Burma Government Medical School reports 1923-41
Year: 1923
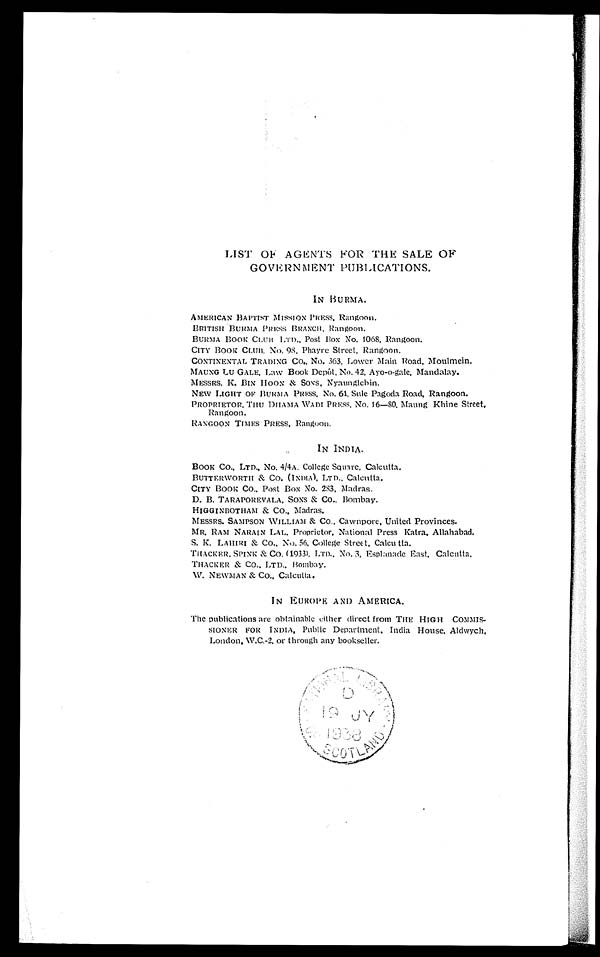
LIST OF AGENTS FOR THE SALE OF
GOVERNMENT PUBLICATIONS.
IN BURMA.
AMERICAN BAPTIST MISSION PRESS, Rangoon.
BRITISH BURMA PRESS BRANCH, Rangoon.
BURMA BOOK CLUB LTD., Post Box No. 1068, Rangoon.
CITY BOOK CLUB. No. 98, Phayre Street, Rangoon.
CONTINENTAL TRADING CO., No. 363, Lower Main Road, Moulmein.
MAUNG LU GALE, Law Book DepÔt, No. 42, Ayo-o-gale, Mandalay.
MESSRS. K. BIN HOON & SONS, Nyaunglebin.
NEW LIGHT OF BURMA PRESS, No. 61, Sule Pagoda Road, Rangoon.
PROPRIETOR, THU DHAMA WADI PRESS, No. 16—80, Maung Khine Street,
Rangoon.
RANGOON TIMES PRESS, Rangoon.
IN INDIA.
BOOK CO., LTD., No. 4/4A. College Square, Calcutta.
BUTTERWORTH & CO. (INDIA), LTD., Calcutta.
CITY BOOK CO., Post Box No. 283, Madras.
D. B. TARAPOREVALA, SONS & CO., Bombay.
HIGGINBOTHAM & CO., Madras.
MESSRS. SAMPSON WILLIAM &
CO., Cawnpore, United Provinces.
MR. RAM NARAIN LAL. Proprietor, National Press Katra, Allahabad.
S. K. LAHIRI & CO., No. 56, College Street, Calcutta.
THACKER, SPINK & CO. (1933), LTD., No. 3, Esplanade East, Calcutta.
THACKER & CO., LTD., Bombay.
W. NEWMAN & CO., Calcutta.
IN EUROPE AND AMERICA.
The publications are obtainable either direct from THE HIGH COMMIS--
SIONER FOR INDIA, Public Department, India House, Aldwych,
London, W.C.-2. or through any bookseller.